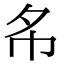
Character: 𢁟